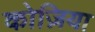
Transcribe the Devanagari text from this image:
कोज़िया